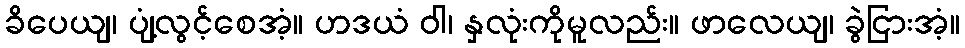
ခိပေယျ၊ ပျံ့လွင့်စေအံ့။ ဟဒယံ ဝါ၊ နှလုံးကိုမူလည်း။ ဖာလေယျ၊ ခွဲငြားအံ့။